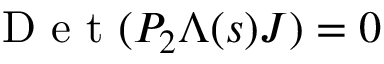
\textrm { D e t } ( P _ { 2 } \Lambda ( s ) J ) = 0